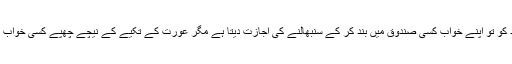
تکیہ کے لفظ کی ذومعنویت کو اجاگر کرتے ہوئے کہانی کار مرد کو تو اپنے خواب کسی صندوق میں بند کر کے سنبھالنے کی اجازت دیتا ہے مگر عورت کے تکیے کے نیچے چھپے کسی خواب کی آہٹ بھی اس کے وجود کو بکھیرنے کے لیے کافی ہو تی ہے۔